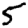
Digit: 5